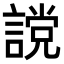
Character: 𧫆